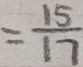
= \frac { 1 5 } { 1 7 }